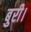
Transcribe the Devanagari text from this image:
बुरी।